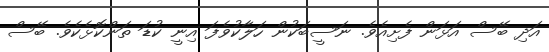
އަދި ބޭސް އަޅަން ފެށިއެވެ. ނަސީބަކުން ހަލާކުވެފަ އިނީ ކުޑަ ތަންކޮޅެކެވެ. ބޭސް